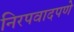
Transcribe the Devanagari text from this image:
निरपवादपणे